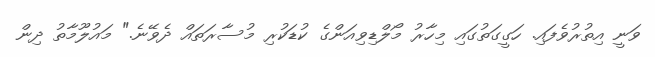
ވަނީ އިތުރުވެފައި. ހަގީގަތުގައި މިހާރު މޯލްޑިވިއަންގެ ކުޑަކުރި މުސާރަތައް ދެވޭނެ." މައުލޫމާތު ދިން